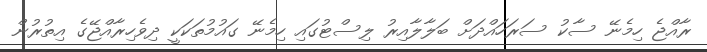
ރާއްޖެ ހިމެނޭ ސާކު ސަރަހައްދަށް ބަލާލާއިރު ލިސްޓުގައި ހިމެނޭ ގައުމުތަކަކީ ދިވެހިރާއްޖޭގެ އިތުރުން